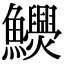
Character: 𩽬